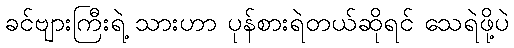
ခင်ဗျားကြီးရဲ့ သားဟာ ပုန်စားရဲတယ်ဆိုရင် သေရဲဖို့ပဲ